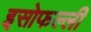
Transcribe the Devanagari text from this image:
इसोफल्ली